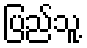
ပြည်သူ့